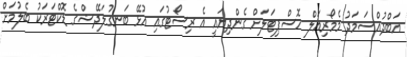
އަބްދުއްސަމަދު މެމޯރިއަލް ހޮސްޕިޓަލަށް ގެންދިޔައީ އެ ރިސޯޓުގައި އުޅޭ ބަނގުލަދޭޝްގެ ޑޮކްޓަރަކު ބެލުމަށް